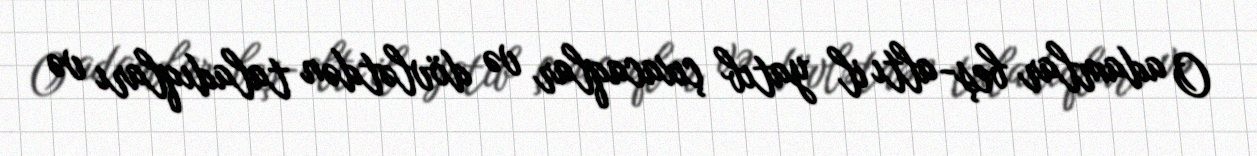
O adamlar beş-altı il yatıb çıxacaqlar və dövlətdən taladıqları və